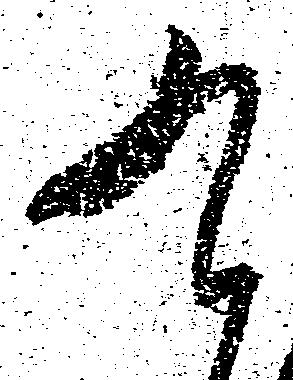
九